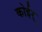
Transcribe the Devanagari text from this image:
कोईर्